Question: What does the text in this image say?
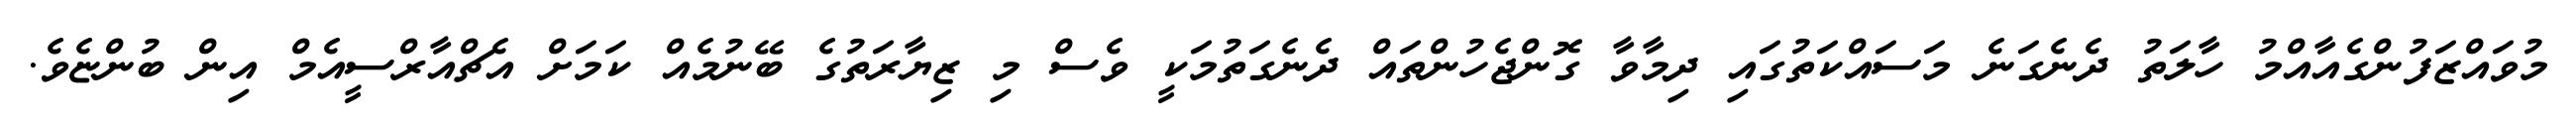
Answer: މުވައްޒަފުންގެއާއްމު ހާލަތު ދެނެގަނެ މަސައްކަތުގައި ދިމާވާ ގޮންޖެހުންތައް ދެނެގަތުމަކީ ވެސް މި ޒިޔާރަތުގެ ބޭނުމެއް ކަމަށް އެޗްއާރްސީއެމް އިން ބުންޏެވެ.